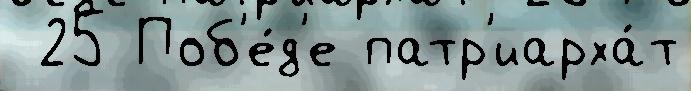
 25 Поб'е́д'е патр'иарха́т